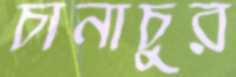
চানাচুর